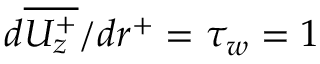
d \overline { { U _ { z } ^ { + } } } / { d r ^ { + } } = \tau _ { w } = 1